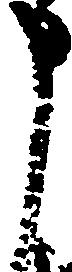
申